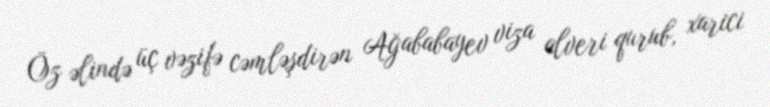
Öz əlində üç vəzifə cəmləşdirən Ağababayev viza alveri qurub, xarici